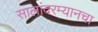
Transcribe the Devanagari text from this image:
सालांदरम्यानचा